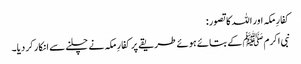
کفارِ مکہ اور اللہ کا تصور:
نبی اکرمﷺ کے بتائے ہوئے طریقے پر کفارِ مکہ نے چلنے سے انکار کر دیا۔